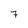
Character: 7